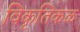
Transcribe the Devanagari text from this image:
विकृतिकळ